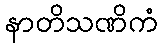
နာတိသဏိကံ